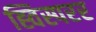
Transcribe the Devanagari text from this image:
ह्विस्परर